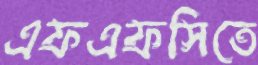
এফএফসিতে